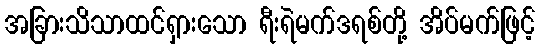
အခြားသိသာထင်ရှားသော ရီးရဲမက်ဒရစ်တို့ အိပ်မက်ဖြင့်